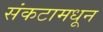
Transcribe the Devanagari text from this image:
संकटामधून